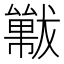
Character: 𱮩